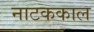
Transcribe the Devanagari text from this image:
नाटककाल